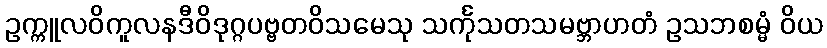
ဥက္ကူလဝိကူလနဒီဝိဒုဂ္ဂပဗ္ဗတဝိသမေသု သင်္ကုသတသမဗ္ဘာဟတံ ဥသဘစမ္မံ ဝိယ